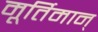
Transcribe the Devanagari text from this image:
मूर्तिमान्‌